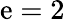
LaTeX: \mathrm{e}=2